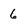
Character: 6